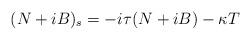
LaTeX: \begin{align*}(N+iB)_{s}=-i\tau(N+iB)-\kappa T\end{align*}